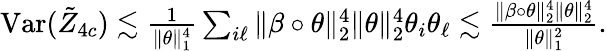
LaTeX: \begin{array}{r}{\mathrm{Var}(\tilde{Z}_{4c})\lesssim\frac{1}{\| \theta\| _{1}^{4}}\sum_{i\ell}\| \beta\circ\theta\| _{2}^{4}\| \theta\| _{2}^{4}\theta_{i}\theta_{\ell}\lesssim\frac{\| \beta\circ\theta\| _{2}^{4}\| \theta\| _{2}^{4}}{\| \theta\| _{1}^{2}}.}\end{array}